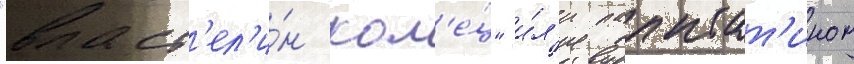
"власт'ел'и́н кол'е́ц" и́л'и палпат'ином